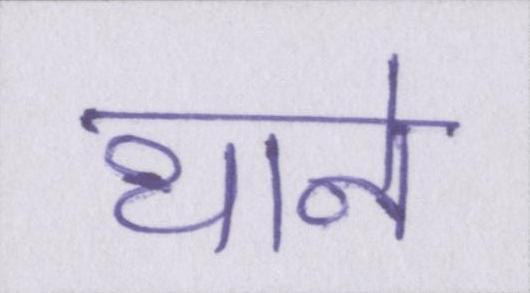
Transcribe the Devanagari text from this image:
थाने